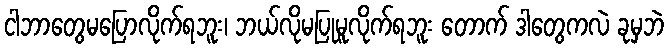
ငါဘာတွေမပြောလိုက်ရဘူး၊ ဘယ်လိုမပြုမူလိုက်ရဘူး တောက် ဒါတွေကလဲ ခုမှဘဲ